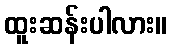
ထူးဆန်းပါလား။